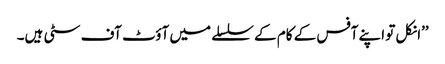
’’انکل تو اپنے آفس کے کام کے سلسلے میں آؤٹ آف سٹی ہیں۔